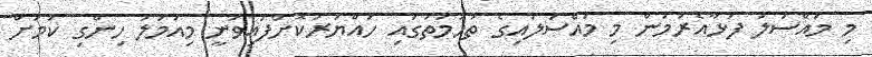
މި މައްސަލަ ފަޅާއެރުމުން މި މައްސަލައިގެ ތުހުމަތުގައި ހައްޔަރުކޮށްފައިވަނީ މިއަމަލު ހިންގި ކަމަށް